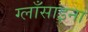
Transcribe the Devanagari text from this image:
ग्लाँसाइना